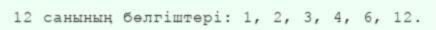
12 санының бөлгіштері: 1, 2, 3, 4, 6, 12.